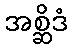
အစ္ဆိဒံ